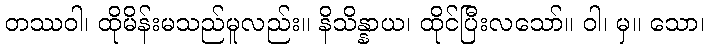
တဿဝါ၊ ထိုမိန်းမသည်မူလည်း။ နိသိန္နာယ၊ ထိုင်ပြီးလသော်။ ဝါ၊ မှ။ သော၊